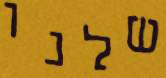
שלנו